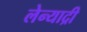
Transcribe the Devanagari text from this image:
लेन्याद्री